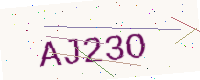
Text: AJ23O